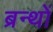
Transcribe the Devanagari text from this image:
ब्रन्थों